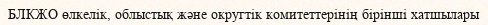
БЛКЖО өлкелік, облыстық және округтік комитеттерінің бірінші хатшылары